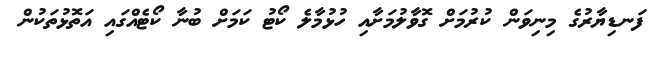
ފަނޑިޔާރުގެ މިނިވަން ކުރުމަށް ގޮވާލުމަށާއި ހުޅުމާލެ ކޯޓު ކަމަށް ބުނާ ކޯޓެއްގައި އަތޮޅުތަކުން